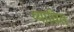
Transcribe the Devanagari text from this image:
व्याधित